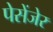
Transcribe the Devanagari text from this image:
पेसेंजेर